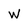
Character: W